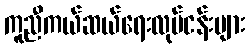
ကူညီကယ်ဆယ်ရေးလုပ်ငန်းများ